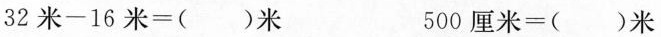
$$3 2 米 - 1 6 米 = ( ) 米$$ $$5 0 0 厘 米 = ( ) 米$$